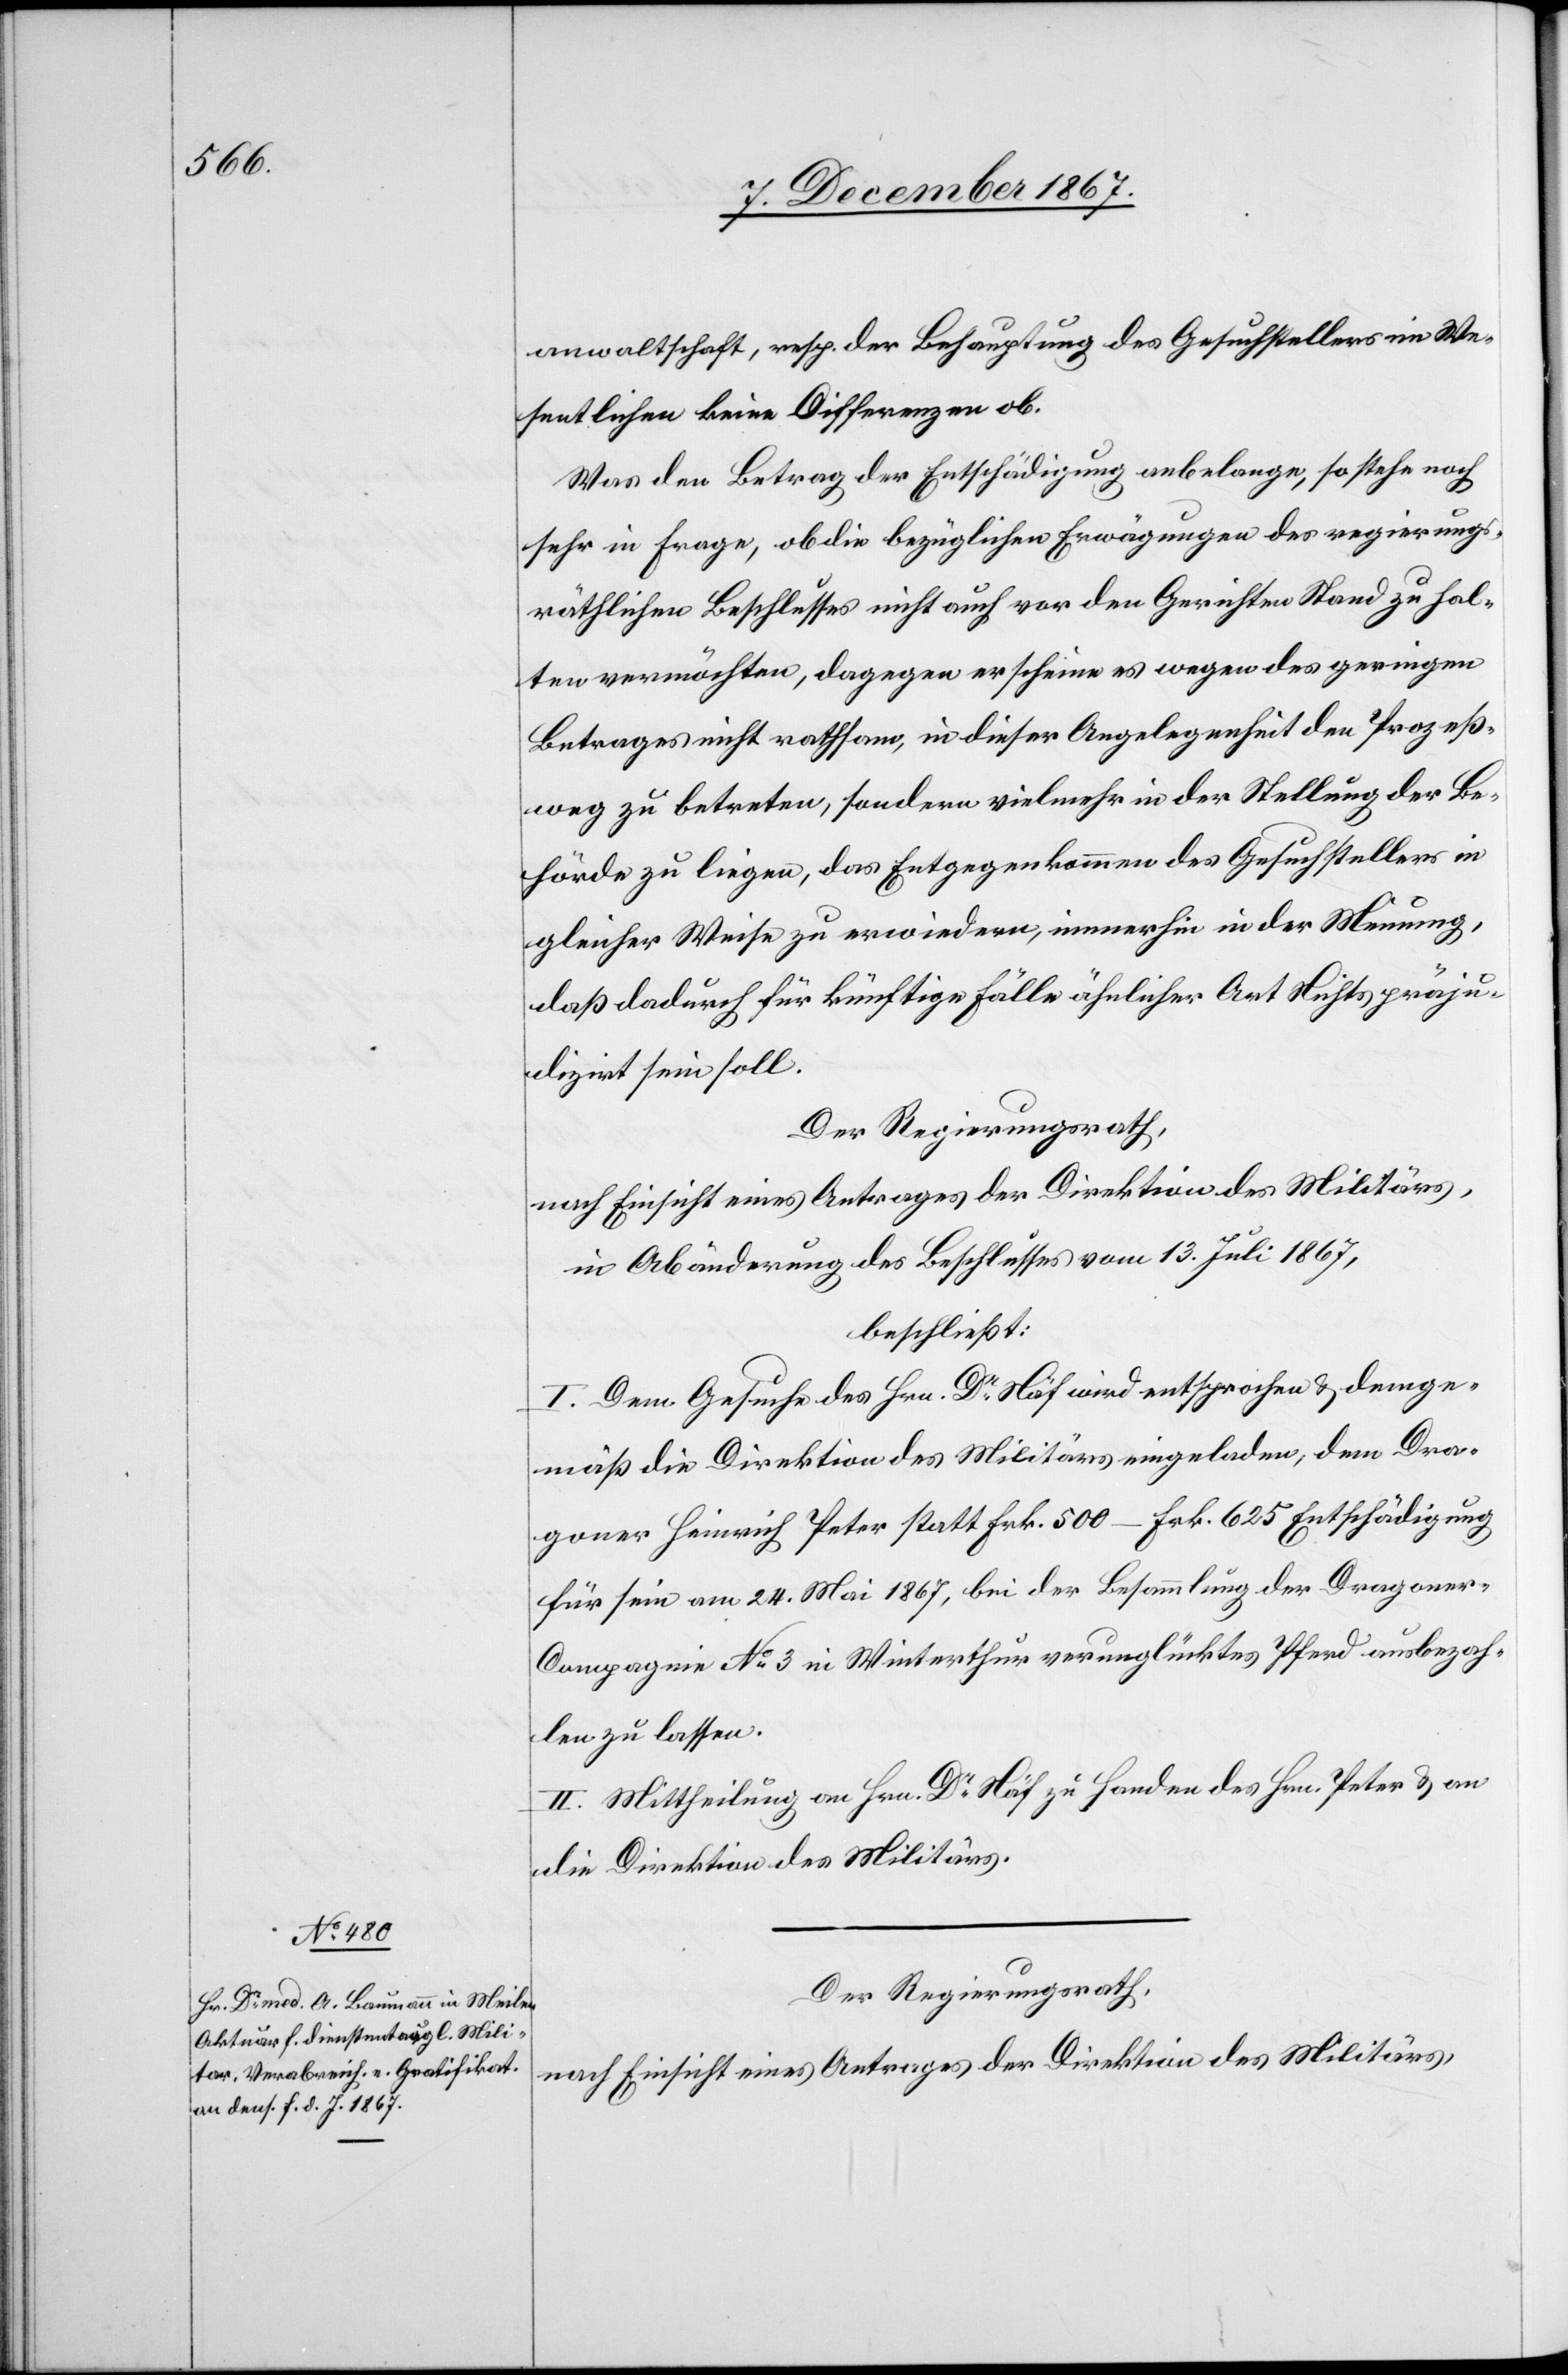
anwaltschaft, resp. der Behauptung des Gesuchstellers im We¬
sentlichen keine Differenzen ob.
Was den Betrag der Entschädigung anbelange, so stehe noch
sehr in Frage, ob die bezüglichen Erwägungen des regierungs¬
räthlichen Beschlusses nicht auch vor den Gerichten Stand zu hal¬
ten vermöchten, dagegen erscheine es wegen des geringen
Betrages nicht rathsam, in dieser Angelegenheit den Prozeß¬
weg zu betreten, sondern vielmehr in der Stellung der Be¬
hörde zu liegen, das Entgegenkommen des Gesuchstellers in
gleicher Weise zu erwiedern, immerhin in der Meinung,
daß dadurch für künftige Fälle ähnlicher Art Nichts präju¬
dizirt sein soll.
Der Regierungsrath,
nach Einsicht eines Antrages der Direktion des Militärs,
in Abänderung des Beschlusses vom 13. Juli 1867,
beschließt:
I. Dem Gesuche des Hrn. Dr. Näf wird entsprochen u. demge¬
mäß die Direktion des Militärs eingeladen, dem Dra¬
goner Heinrich Peter statt Frk. 500.– Frk. 625.– Entschädigung
für sein am 24. Mai 1867, bei der Besammlung der Dragone¬
r-Compagnie No. 3 in Winterthur verunglücktes Pferd ausbezah¬
len zu lassen.
II. Mittheilung an Hrn. Dr. Näf zu Handen des Hrn. Peter u. an
die Direktion des Militärs.
Der Regierungsrath,
nach Einsicht eines Antrages der Direktion des Militärs,